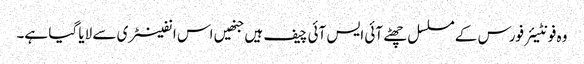
وہ فونٹیئر فورس کے مسلسل چھٹے آئی ایس آئی چیف ہیں جنھیں اس انفینٹری سے لایا گیا ہے۔